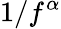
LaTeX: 1/f^{\alpha}